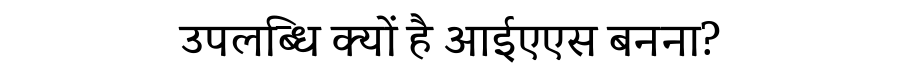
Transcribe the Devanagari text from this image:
उपलब्धि क्यों है आईएएस बनना?